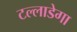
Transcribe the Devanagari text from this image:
टल्लाडेगा